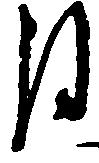
月